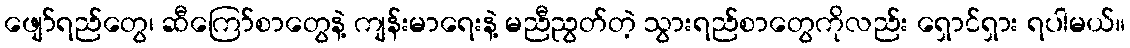
ဖျော်ရည်တွေ၊ ဆီကြော်စာတွေနဲ့ ကျန်းမာရေးနဲ့ မညီညွတ်တဲ့ သွားရည်စာတွေကိုလည်း ရှောင်ရှား ရပါမယ်။